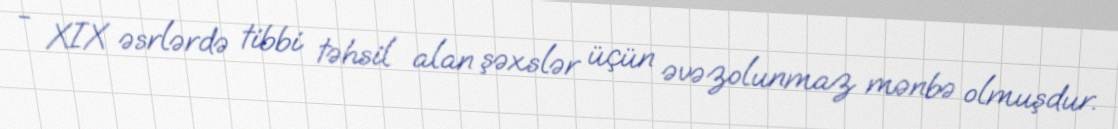
- XIX əsrlərdə tibbi təhsil alan şəxslər üçün əvəzolunmaz mənbə olmuşdur.